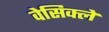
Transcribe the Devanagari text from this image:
वेसिक्ले